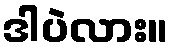
ဒါပဲလား။